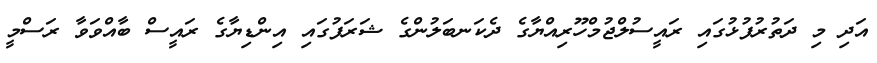
އަދި މި ދަތުރުފުޅުގައި ރައީސުލްޖުމްހޫރިއްޔާގެ ދެކަނބަލުންގެ ޝަރަފުގައި އިންޑިޔާގެ ރައީސް ބާއްވަވާ ރަސްމީ